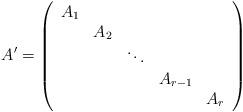
LaTeX: \begin{align*}A' = \left( \begin{array}{ccccc}A_1 & & & & \\& A_2 & & & \\& & \ddots & & \\& & & A_{r-1} & \\& & & & A_{r} \\\end{array} \right)\end{align*}